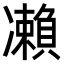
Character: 𠘝